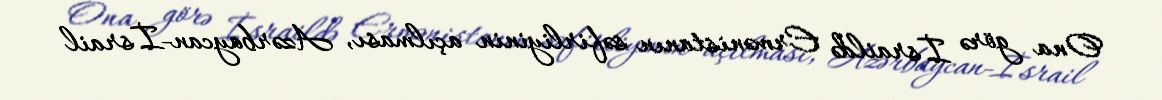
Ona görə İsraildə Ermənistanın səfirliyinin açılması, Azərbaycan-İsrail